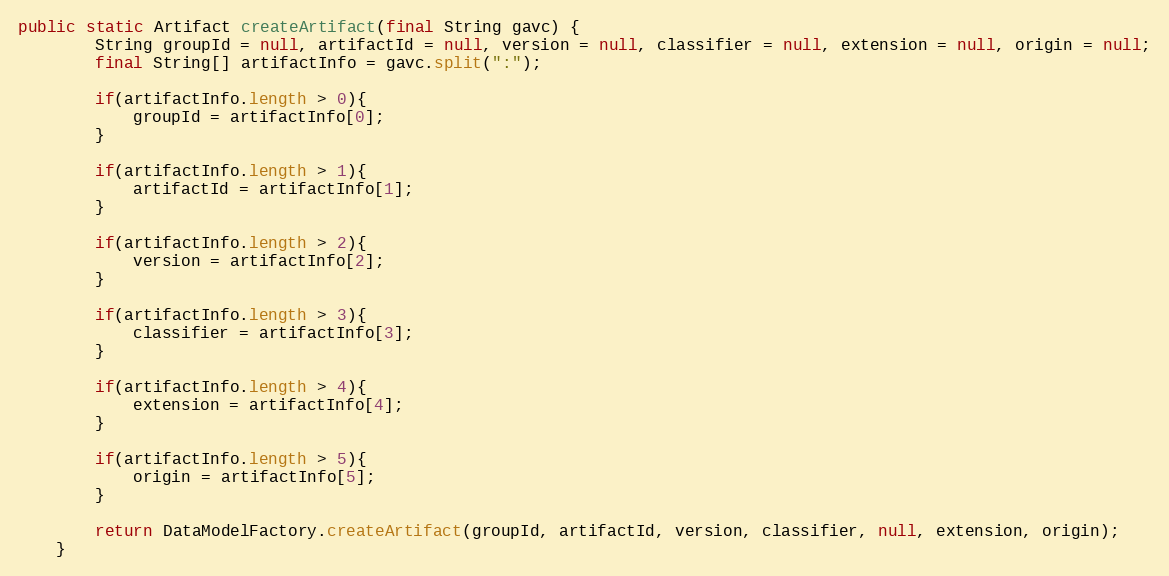
Language: Java
public static Artifact createArtifact(final String gavc) {
        String groupId = null, artifactId = null, version = null, classifier = null, extension = null, origin = null;
        final String[] artifactInfo = gavc.split(":");

        if(artifactInfo.length > 0){
            groupId = artifactInfo[0];
        }

        if(artifactInfo.length > 1){
            artifactId = artifactInfo[1];
        }

        if(artifactInfo.length > 2){
            version = artifactInfo[2];
        }

        if(artifactInfo.length > 3){
            classifier = artifactInfo[3];
        }

        if(artifactInfo.length > 4){
            extension = artifactInfo[4];
        }

        if(artifactInfo.length > 5){
            origin = artifactInfo[5];
        }

        return DataModelFactory.createArtifact(groupId, artifactId, version, classifier, null, extension, origin);
    }